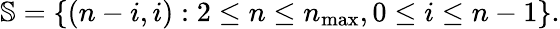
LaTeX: \mathbb{S}=\left\{ (n-i,i):2\leq n\leq n_{\operatorname*{max}},0\leq i\leq n-1\right\} .